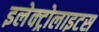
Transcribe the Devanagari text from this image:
इलेक्ट्रोलाइटस